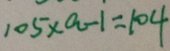
1 0 5 \times a - 1 = 1 0 4